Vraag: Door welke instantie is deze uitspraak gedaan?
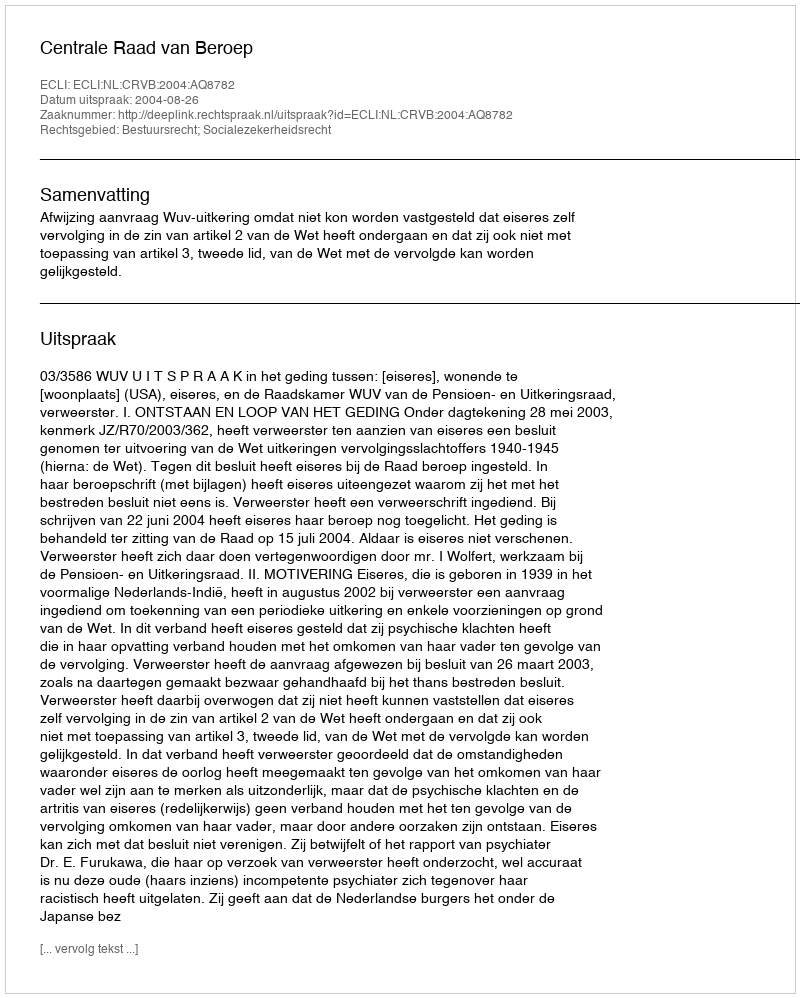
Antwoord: Centrale Raad van Beroep